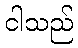
ငါသည်